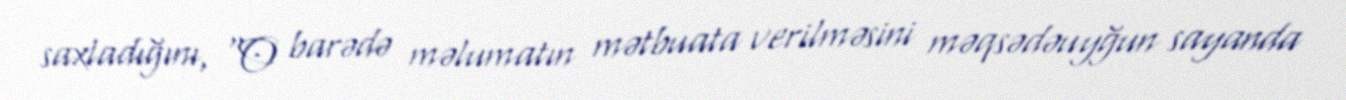
saxladığını, “O barədə məlumatın mətbuata verilməsini məqsədəuyğun sayanda